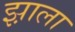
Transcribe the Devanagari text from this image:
झ़ाला